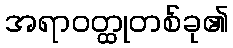
အရာဝတ္ထုတစ်ခု၏